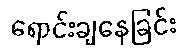
ရောင်းချနေခြင်း